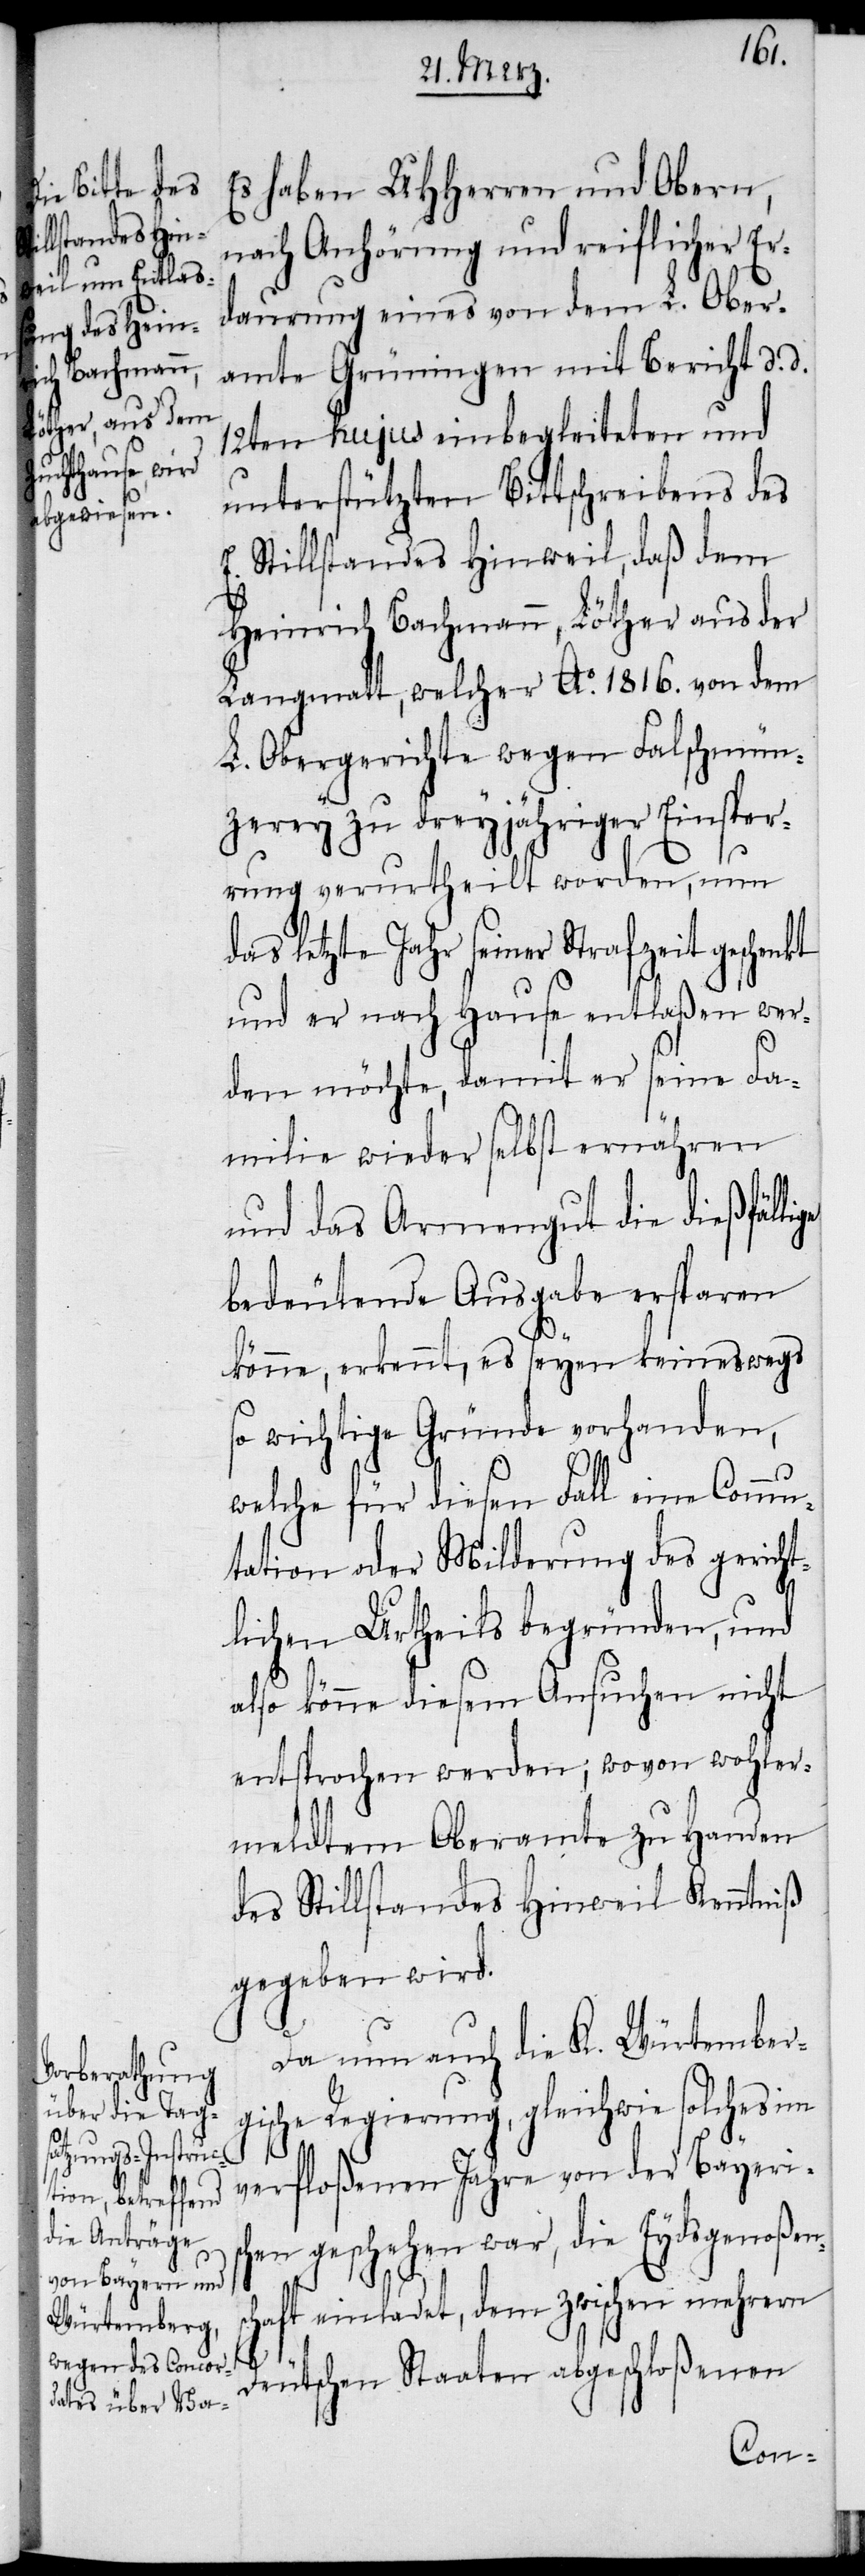
Es haben UHHerren und Obern,
nach Anhörung und reiflicher Er¬
daurung eines von dem L. Ober¬
amte Grüningen mit Bericht d. d.
12ten hujus einbegleiteten und
unterstützten Bittschreibens des
E. Stillstandes Hinweil, daß dem
Heinrich Bachmann, Löther aus der
Langmatt, welcher Ao. 1816. von dem
L. Obergerichte wegen Falschmün¬
zerey zu dreyjähriger Einsper¬
rung verurtheilt worden, nun
das letzte Jahr seiner Strafzeit geschenkt
und er nach Hause entlaßen wer¬
den möchte, damit er seine Fa¬
milie wieder selbst ernähren
und das Armengut die dießfälli¬
bedeutende Ausgabe ersparen
könne, erkennt, es seyen keineswegs
so wichtige Gründe vorhanden,
welche für diesen Fall eine Commu¬
tation oder Milderung des gericht¬
lichen Urtheils begründen, und
also könne diesem Ansuchen nicht
entsprochen werden; wovon wohler¬
meldtem Oberamte zu Handen
des Stillstandes Hinweil Kenntniß
gegeben wird.
Da nun auch die K. Würtemberg¬
ische Regierung, gleichwie solches im
verfloßenen Jahre von der Bayeris¬
chen geschehen war, die Eydsgenoßens¬
chaft einladet, dem zwischen mehrern
ge
Deutschen Staaten abgeschloßenen